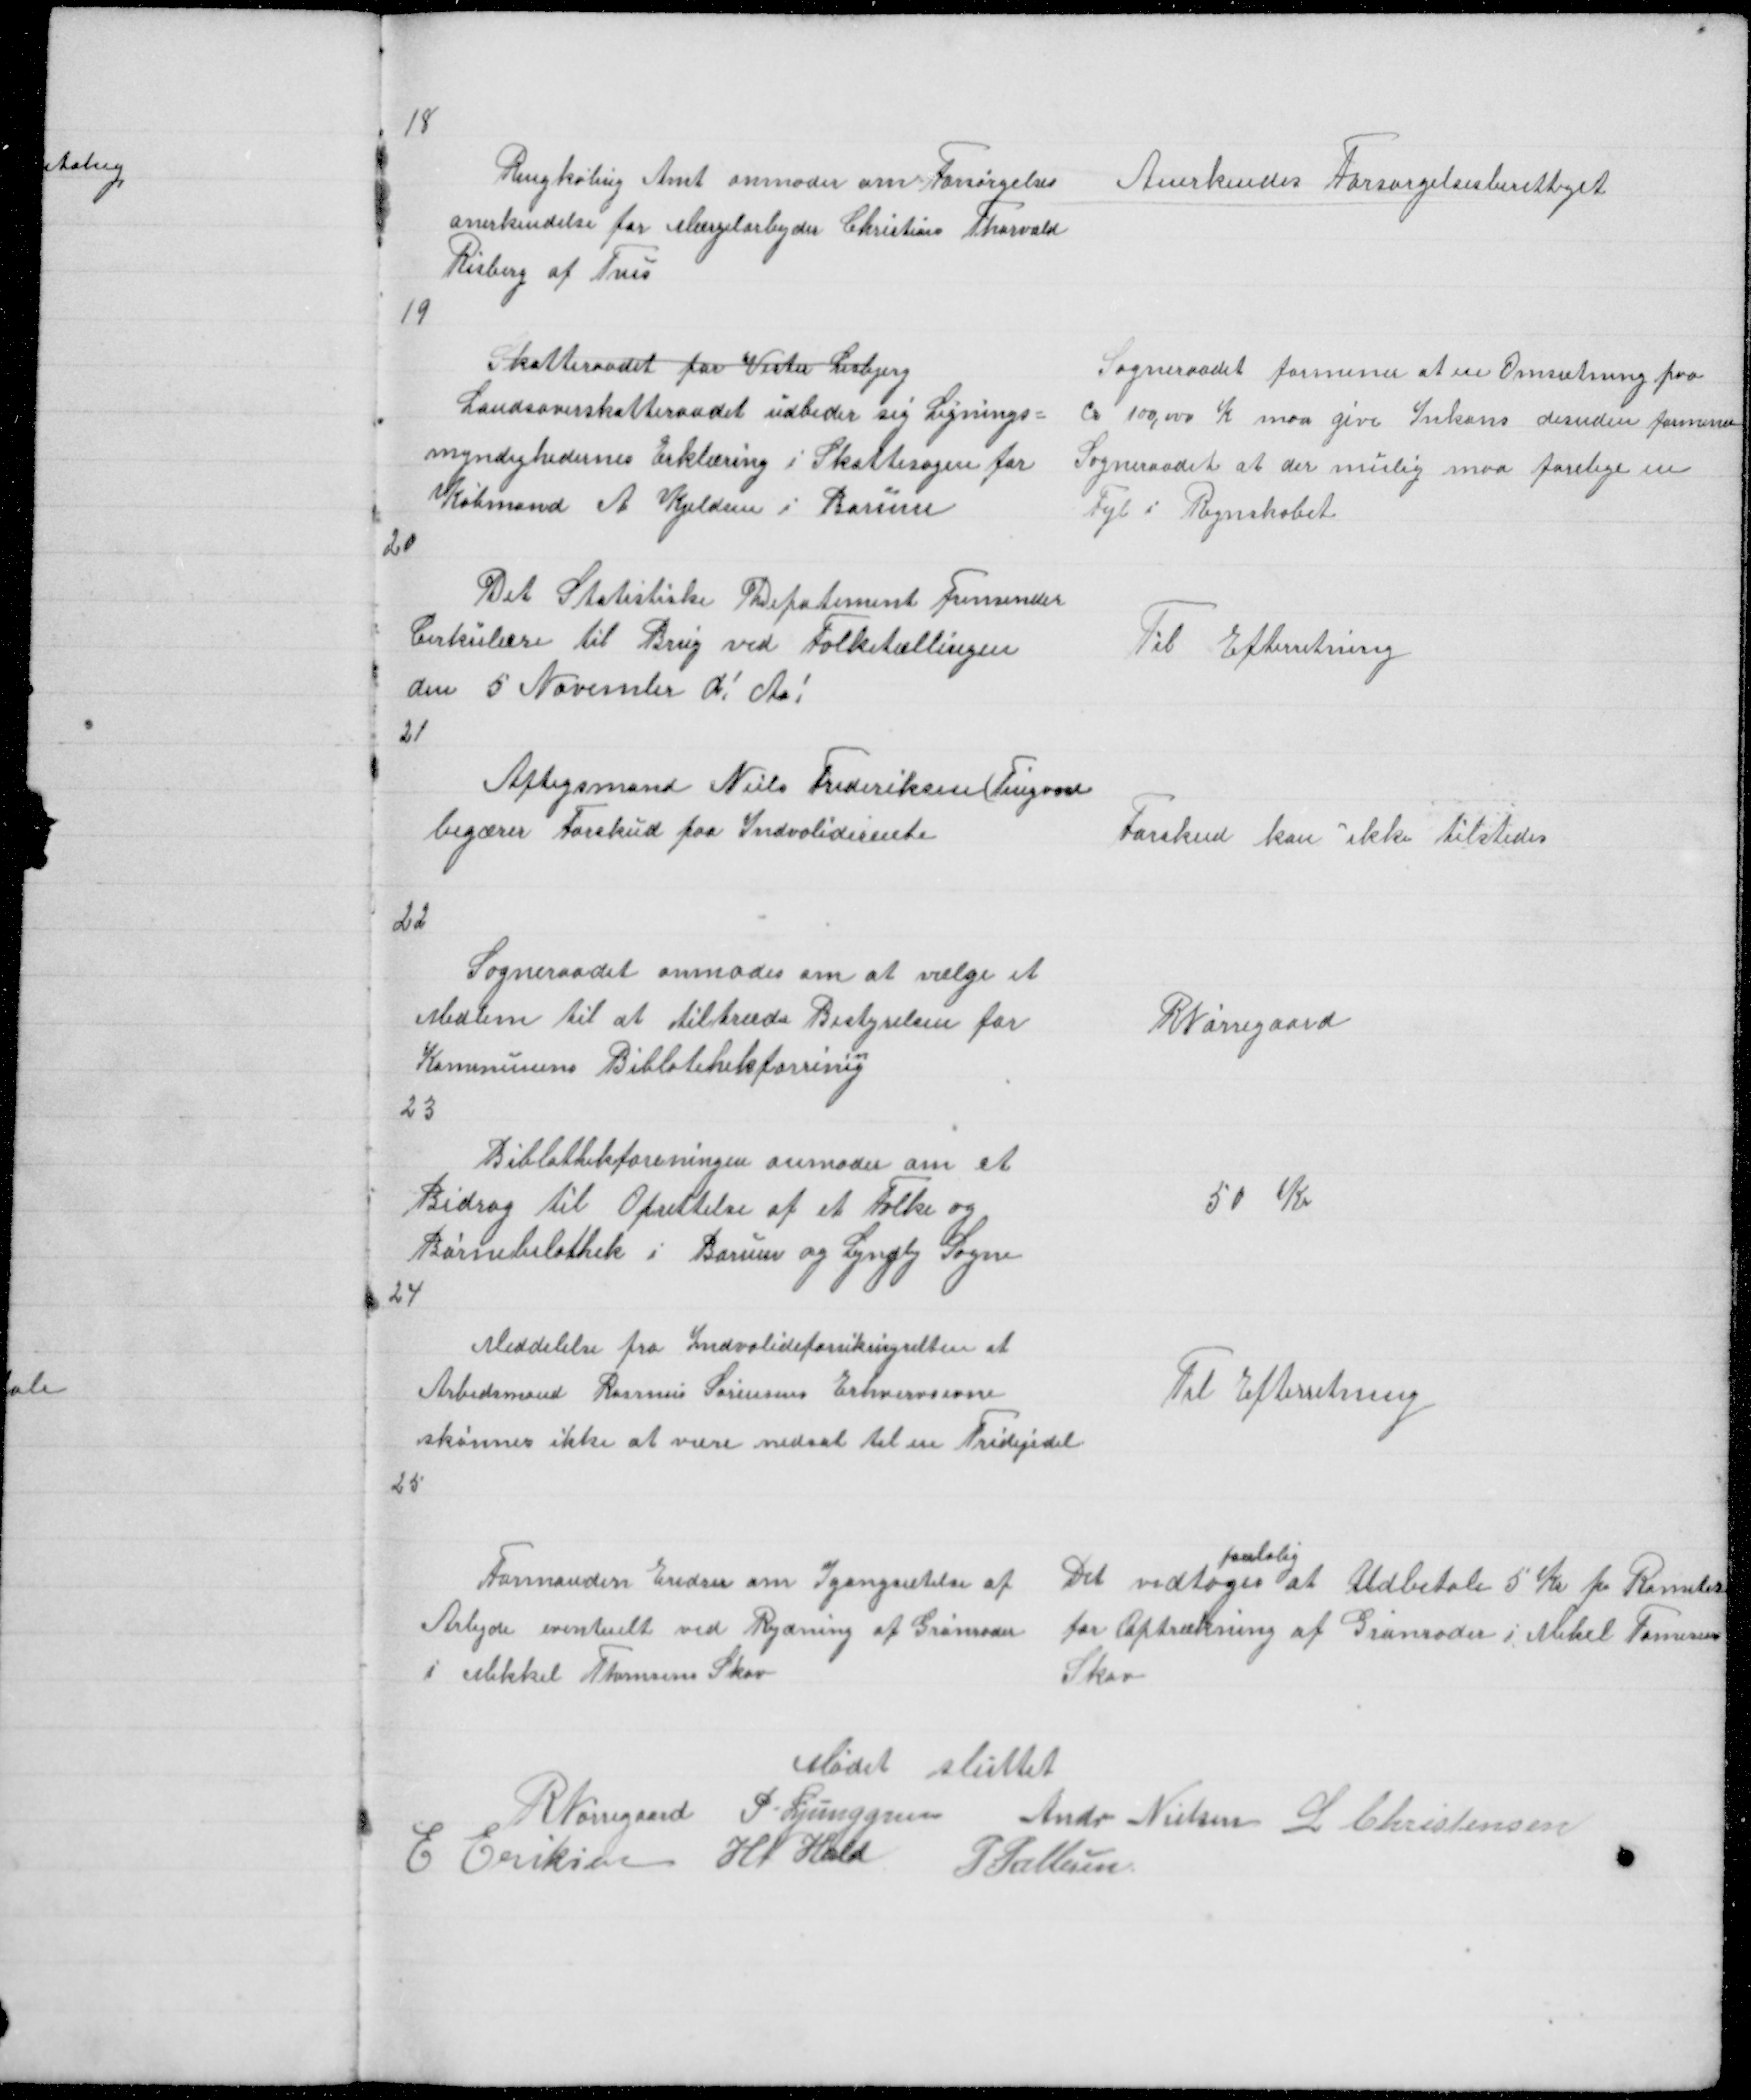
Transskription:
18

Ringkøbing Amt anmoder om Forsørgelses
anerkendelse for Mærgelarbejder Christian Thorvald
Risberg fra Tvis

Anerkendes Forsørgelsesberettiget

19

Skatteraadet for Vester Lisbjerg
Landsoverskatteraadet udbeder sig Lignings =
myndighedernes Erklæring i Skattesagen for
Købmand A Kjeldsen i Borum

Sogneraadet formener at en Omsætning paa
ca 100,000 K maa give Inkon desuden formener
Sogneraadet at der mulig maa forelige en
Fejl i Regnskabet

20

Det Statistiske Departement Femsender
Cirkulære til Brug ved Folketællingen
den 5 November d! Aa!

Til Efterretning

21

Aftegsmand Niels Frederiksen(Tingvad
begærer Forskud paa Indvaliderente

Forskud kan ikke tilstedes

22

Sogneraadet anmodes om at vælge et
Medlem til at tiltræde Bestyrelsen for
n
Kommunens Biblotehekforrig
23

RNørregaard

Biblothekforeningen anmoder om et
Bidrag til Oprettelse af et Folke og
Børnebiblothek i Borum og Lyngby Sogne
24

50 Kr

Meddelelse fra Indvalideforsikringsretten at
Arbedsmand Rasmus Sørensens Erhvervsevne
skønnes ikke at være nedsat til en Tridijedel

Til Efterretning

25

Formanden Eridrer om Igangsætelse af
Arbejde eventuelt ved Rydning af Granroder
I Mikkel Thomsens Skov

lig
Det vedtoges at Udbetale 5 Kr pr Rometer
for Optrækning af Granroder i Mikel Tomsens
Skov

Mødet sluttet
R Nørregaard P. Ljunggren Andr Nielsen L Christensen
E Eriksen H N Hald P Pallesen